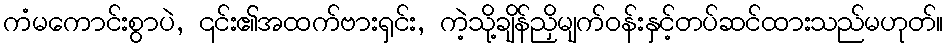
ကံမကောင်းစွာပဲ, ၎င်း၏အထက်ဗားရှင်း, ကဲ့သို့ချိန်ညှိမျက်ဝန်းနှင့်တပ်ဆင်ထားသည်မဟုတ်။